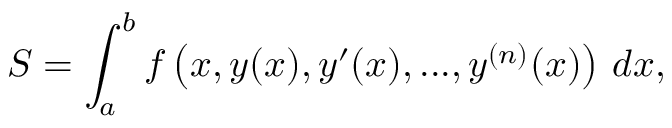
S = \int _ { a } ^ { b } f \left( x , y ( x ) , y ^ { \prime } ( x ) , . . . , y ^ { ( n ) } ( x ) \right) \, d x ,